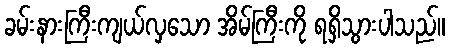
ခမ်းနားကြီးကျယ်လှသော အိမ်ကြီးကို ရရှိသွားပါသည်။